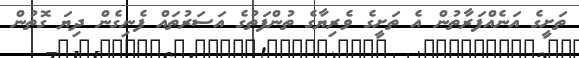
ތަށީގެ އަނެއްފަރާތުން އެ ތަށީގެ ވެރިޔާގެ ތުންފަތުގެ އަސަރުތައް ފެނިގެން ދިޔަ ގޮތުން